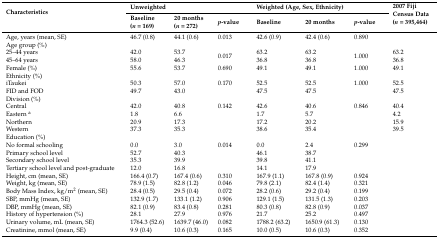
<table><thead><tr><td rowspan="2"><b>Characteristics</b></td><td colspan="3"><b>Unweighted</b></td><td colspan="3"><b>Weighted (Age, Sex, Ethnicity)</b></td><td rowspan="2"><b>2007 Fiji Census Data (<i>n</i> = 395,464)</b></td></tr><tr><td><b>Baseline (<i>n</i> = 169)</b></td><td><b>20 months (<i>n</i> = 272)</b></td><td><b><i>p</i>-value</b></td><td><b>Baseline</b></td><td><b>20 months</b></td><td><b><i>p</i>-value</b></td></tr></thead><tbody><tr><td>Age, years (mean, SE)</td><td>46.7 (0.8)</td><td>44.1 (0.6)</td><td>0.013</td><td>42.6 (0.9)</td><td>42.4 (0.6)</td><td>0.890</td><td></td></tr><tr><td>Age group (%)</td><td></td><td></td><td></td><td></td><td></td><td></td><td></td></tr><tr><td>25–44 years45–64 years</td><td>42.058.0</td><td>53.746.3</td><td>0.017</td><td>63.236.8</td><td>63.236.8</td><td>1.000</td><td>63.236.8</td></tr><tr><td>Female (%)</td><td>55.6</td><td>53.7</td><td>0.690</td><td>49.1</td><td>49.1</td><td>1.000</td><td>49.1</td></tr><tr><td>Ethnicity (%)</td><td></td><td></td><td></td><td></td><td></td><td></td><td></td></tr><tr><td>iTaukei</td><td>50.3</td><td>57.0</td><td>0.170</td><td>52.5</td><td>52.5</td><td>1.000</td><td>52.5</td></tr><tr><td>FID and FOD</td><td>49.7</td><td>43.0</td><td></td><td>47.5</td><td>47.5</td><td></td><td>47.5</td></tr><tr><td>Division (%)</td><td></td><td></td><td></td><td></td><td></td><td></td><td></td></tr><tr><td>Central</td><td>42.0</td><td>40.8</td><td>0.142</td><td>42.6</td><td>40.6</td><td>0.846</td><td>40.4</td></tr><tr><td>Eastern <sup>a</sup></td><td>1.8</td><td>6.6</td><td></td><td>1.7</td><td>5.7</td><td></td><td>4.2</td></tr><tr><td>Northern</td><td>20.9</td><td>17.3</td><td></td><td>17.2</td><td>20.2</td><td></td><td>15.9</td></tr><tr><td>Western</td><td>37.3</td><td>35.3</td><td></td><td>38.6</td><td>35.4</td><td></td><td>39.5</td></tr><tr><td>Education (%)</td><td></td><td></td><td></td><td></td><td></td><td></td><td></td></tr><tr><td>No formal schooling</td><td>0.0</td><td>3.0</td><td>0.014</td><td>0.0</td><td>2.4</td><td>0.299</td><td></td></tr><tr><td>Primary school level</td><td>52.7</td><td>40.3</td><td></td><td>46.1</td><td>38.7</td><td></td><td></td></tr><tr><td>Secondary school level</td><td>35.3</td><td>39.9</td><td></td><td>39.8</td><td>41.1</td><td></td><td></td></tr><tr><td>Tertiary school level and post-graduate</td><td>12.0</td><td>16.8</td><td></td><td>14.1</td><td>17.9</td><td></td><td></td></tr><tr><td>Height, cm (mean, SE)</td><td>166.4 (0.7)</td><td>167.4 (0.6)</td><td>0.310</td><td>167.9 (1.1)</td><td>167.8 (0.9)</td><td>0.924</td><td></td></tr><tr><td>Weight, kg (mean, SE)</td><td>78.9 (1.5)</td><td>82.8 (1.2)</td><td>0.046</td><td>79.8 (2.1)</td><td>82.4 (1.4)</td><td>0.321</td><td></td></tr><tr><td>Body Mass Index, kg/m<sup>2</sup> (mean, SE)</td><td>28.4 (0.5)</td><td>29.5 (0.4)</td><td>0.072</td><td>28.2 (0.6)</td><td>29.2 (0.4)</td><td>0.199</td><td></td></tr><tr><td>SBP, mmHg (mean, SE)</td><td>132.9 (1.7)</td><td>133.1 (1.2)</td><td>0.906</td><td>129.1 (1.5)</td><td>131.5 (1.3)</td><td>0.203</td><td></td></tr><tr><td>DBP, mmHg (mean, SE) </td><td>82.1 (0.9)</td><td>83.4 (0.8)</td><td>0.281</td><td>80.3 (0.8)</td><td>82.8 (0.9)</td><td>0.037</td><td></td></tr><tr><td>History of hypertension (%)</td><td>28.1</td><td>27.9</td><td>0.976</td><td>21.7</td><td>25.2</td><td>0.497</td><td></td></tr><tr><td>Urinary volume, mL (mean, SE)</td><td>1764.3 (52.6)</td><td>1639.7 (46.0)</td><td>0.082</td><td>1788.2 (63.2)</td><td>1650.9 (61.3)</td><td>0.130</td><td></td></tr><tr><td>Creatinine, mmol (mean, SE)</td><td>9.9 (0.4)</td><td>10.6 (0.3)</td><td>0.165</td><td>10.0 (0.5)</td><td>10.6 (0.3)</td><td>0.352</td><td></td></tr></tbody></table>